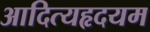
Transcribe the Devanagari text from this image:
आदित्यहृदयम